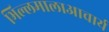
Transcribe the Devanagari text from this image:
भिल्लमालाआचार्य